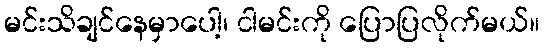
မင်းသိချင်နေမှာပေါ့၊ ငါမင်းကို ပြောပြလိုက်မယ်။